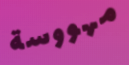
مهووسة